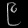
Digit: ၉